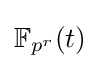
\mathbb {F} _{p^{r}}(t)